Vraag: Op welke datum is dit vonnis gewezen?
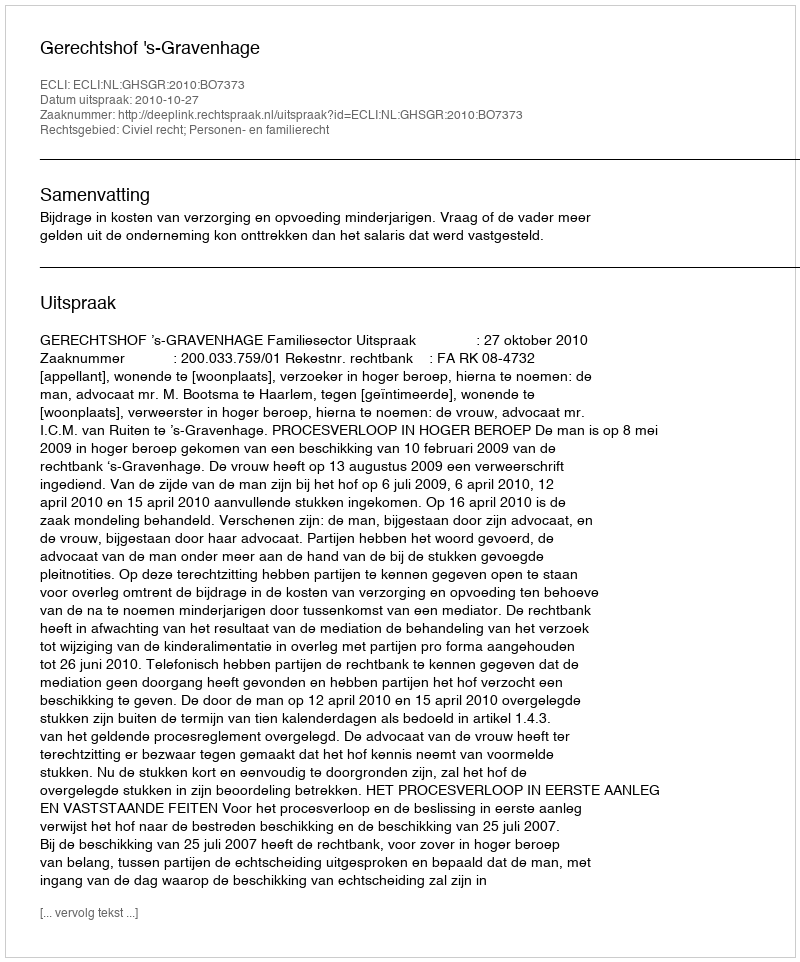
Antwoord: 2010-10-27